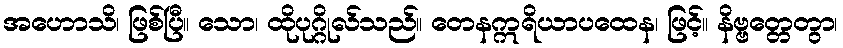
အဟောသိ၊ ဖြစ်ပြီ။ သော၊ ထိုပုဂ္ဂိုလ်သည်။ တေနဣရိယာပထေန၊ ဖြင့်။ နိဗ္ဗတ္တေတွာ၊